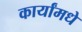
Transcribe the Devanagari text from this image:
कार्यांमधे